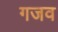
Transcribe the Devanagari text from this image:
गजव